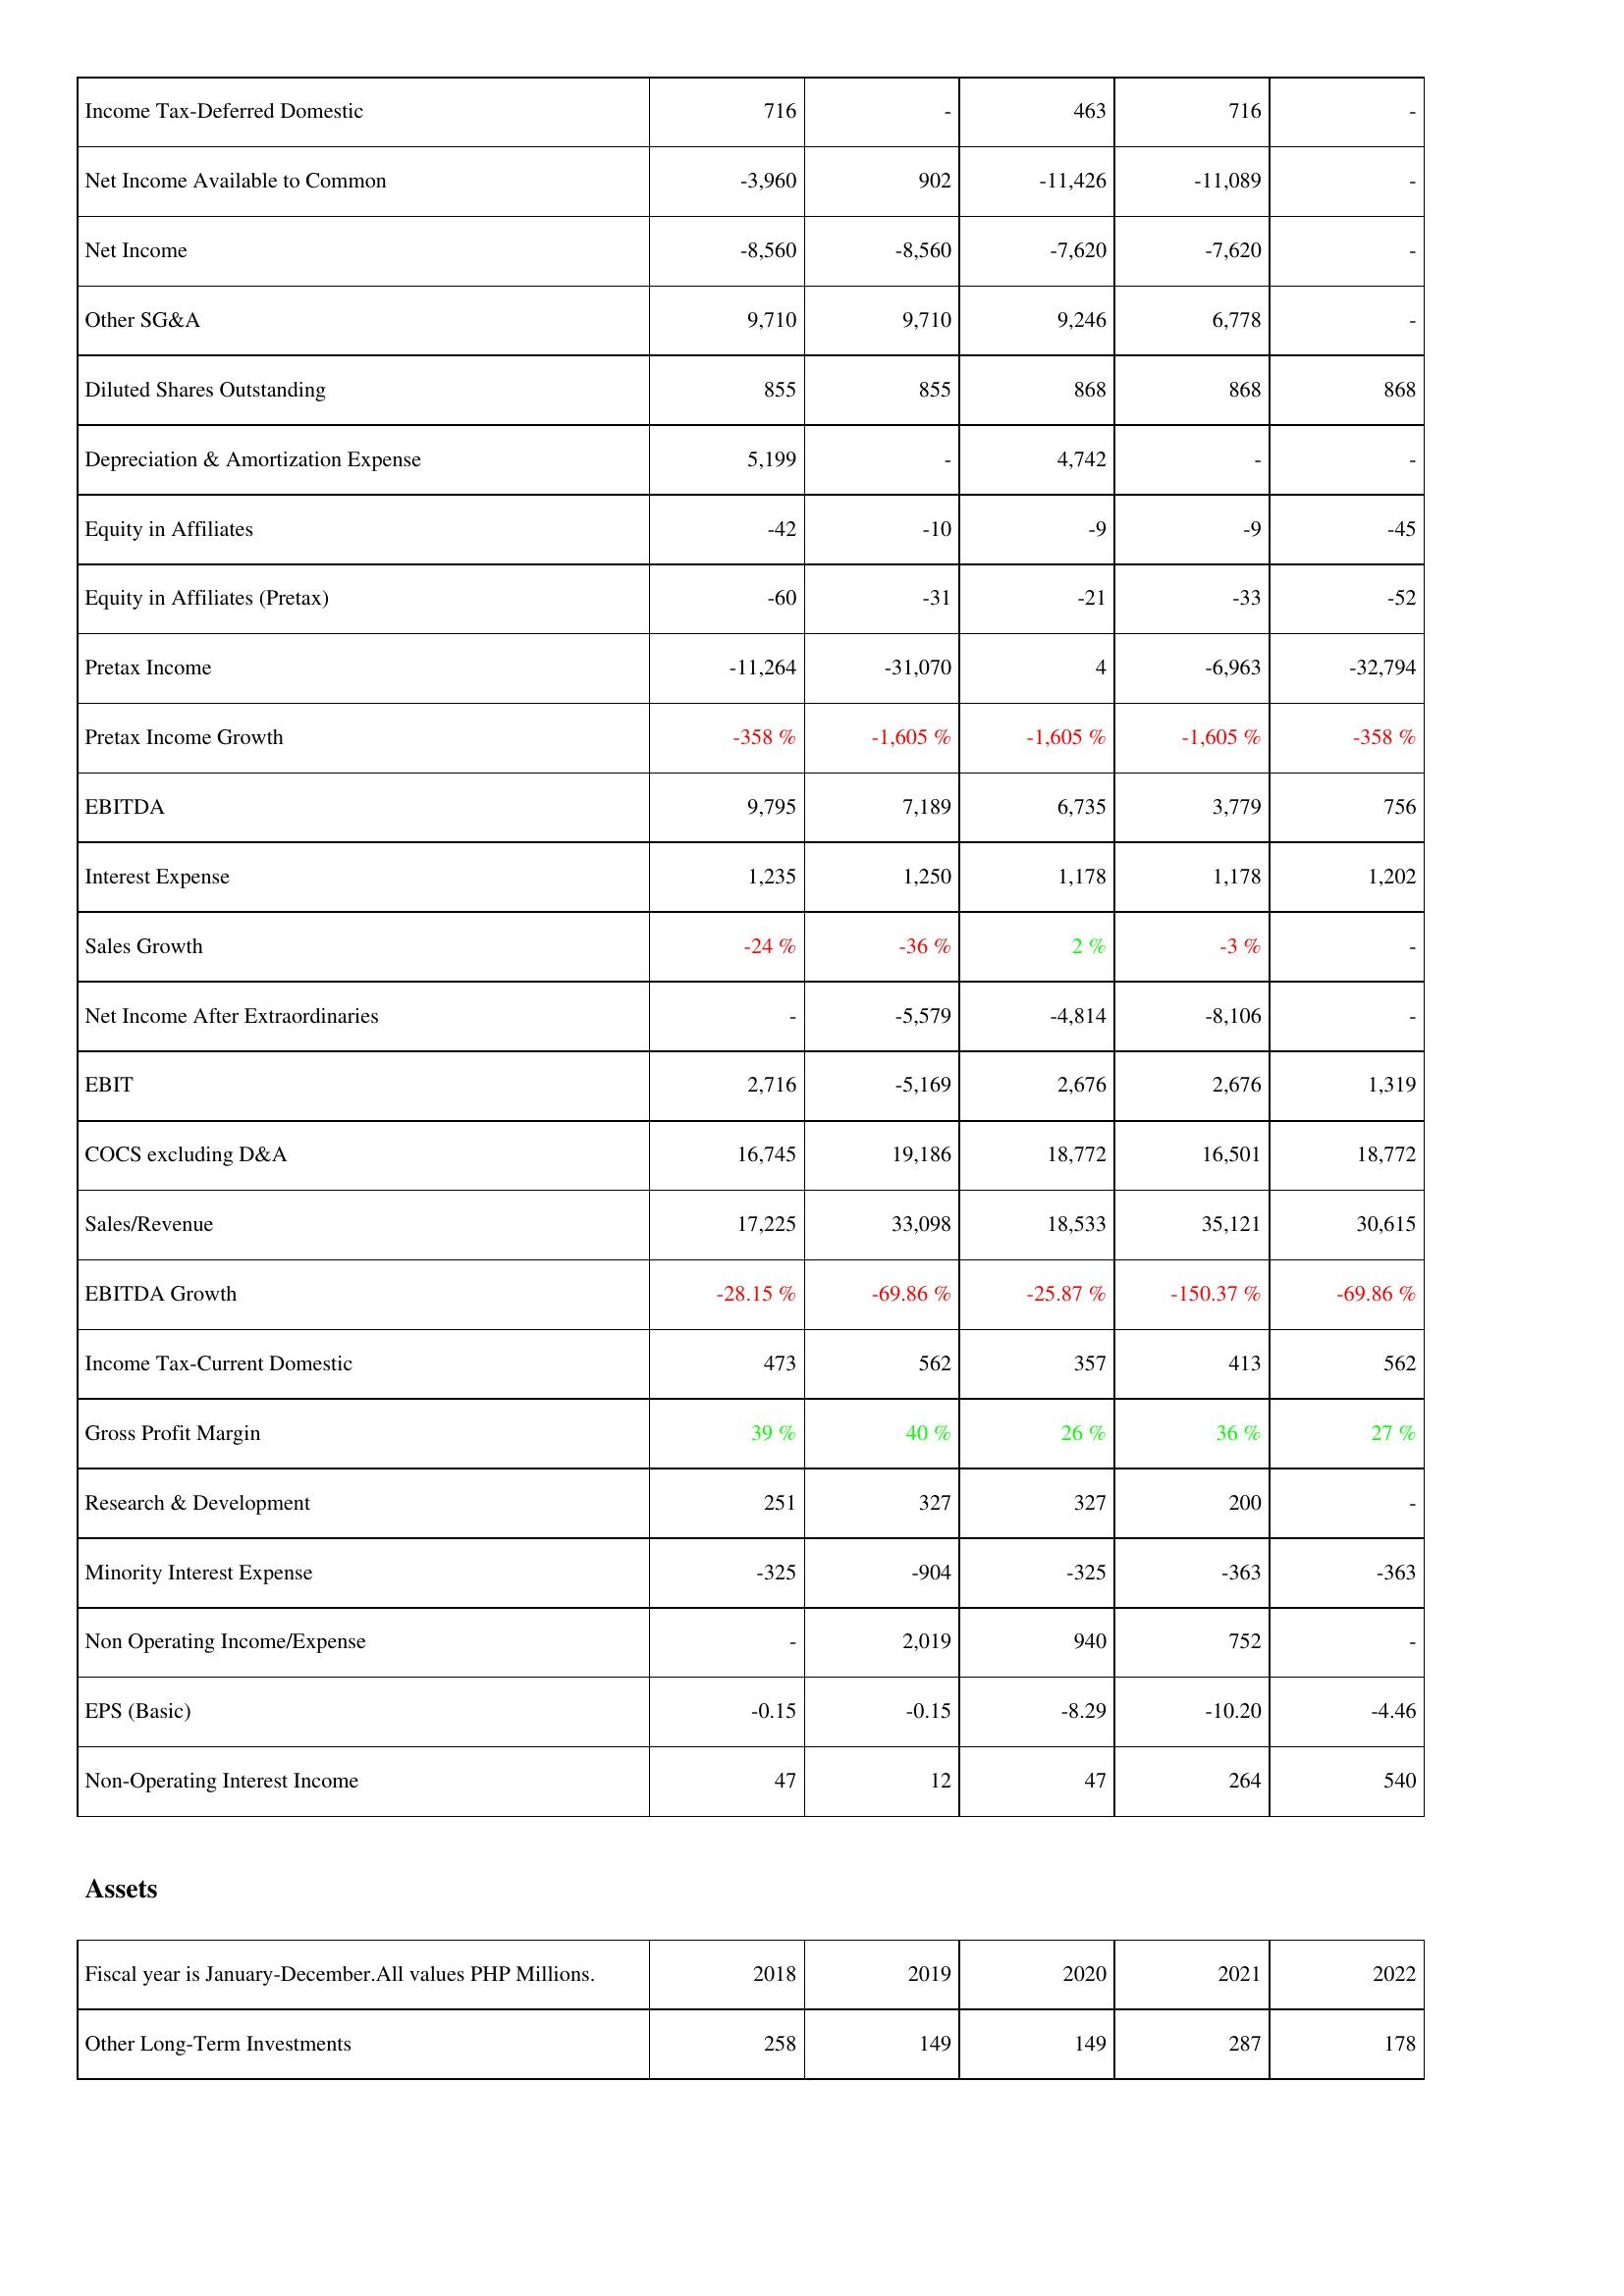
2018: Income Statement: Income Tax-Deferred Domestic: 716
Net Income Available to Common: -3,960
Net Income: -8,560
Other SG&A: 9,710
Diluted Shares Outstanding: 855
Depreciation & Amortization Expense: 5,199
Equity in Affiliates: -42
Equity in Affiliates (Pretax): -60
Pretax Income: -11,264
Pretax Income Growth: -358 %
EBITDA: 9,795
Interest Expense: 1,235
Sales Growth: -24 %
Net Income After Extraordinaries: -
EBIT: 2,716
COCS excluding D&A: 16,745
Sales/Revenue: 17,225
EBITDA Growth: -28.15 %
Income Tax-Current Domestic: 473
Gross Profit Margin: 39 %
Research & Development: 251
Minority Interest Expense: -325
Non Operating Income/Expense: -
EPS (Basic): -0.15
Non-Operating Interest Income: 47
Assets: Other Long-Term Investments: 258
2019: Income Statement: Income Tax-Deferred Domestic: -
Net Income Available to Common: 902
Net Income: -8,560
Other SG&A: 9,710
Diluted Shares Outstanding: 855
Depreciation & Amortization Expense: -
Equity in Affiliates: -10
Equity in Affiliates (Pretax): -31
Pretax Income: -31,070
Pretax Income Growth: -1,605 %
EBITDA: 7,189
Interest Expense: 1,250
Sales Growth: -36 %
Net Income After Extraordinaries: -5,579
EBIT: -5,169
COCS excluding D&A: 19,186
Sales/Revenue: 33,098
EBITDA Growth: -69.86 %
Income Tax-Current Domestic: 562
Gross Profit Margin: 40 %
Research & Development: 327
Minority Interest Expense: -904
Non Operating Income/Expense: 2,019
EPS (Basic): -0.15
Non-Operating Interest Income: 12
Assets: Other Long-Term Investments: 149
2020: Income Statement: Income Tax-Deferred Domestic: 463
Net Income Available to Common: -11,426
Net Income: -7,620
Other SG&A: 9,246
Diluted Shares Outstanding: 868
Depreciation & Amortization Expense: 4,742
Equity in Affiliates: -9
Equity in Affiliates (Pretax): -21
Pretax Income: 4
Pretax Income Growth: -1,605 %
EBITDA: 6,735
Interest Expense: 1,178
Sales Growth: 2 %
Net Income After Extraordinaries: -4,814
EBIT: 2,676
COCS excluding D&A: 18,772
Sales/Revenue: 18,533
EBITDA Growth: -25.87 %
Income Tax-Current Domestic: 357
Gross Profit Margin: 26 %
Research & Development: 327
Minority Interest Expense: -325
Non Operating Income/Expense: 940
EPS (Basic): -8.29
Non-Operating Interest Income: 47
Assets: Other Long-Term Investments: 149
2021: Income Statement: Income Tax-Deferred Domestic: 716
Net Income Available to Common: -11,089
Net Income: -7,620
Other SG&A: 6,778
Diluted Shares Outstanding: 868
Depreciation & Amortization Expense: -
Equity in Affiliates: -9
Equity in Affiliates (Pretax): -33
Pretax Income: -6,963
Pretax Income Growth: -1,605 %
EBITDA: 3,779
Interest Expense: 1,178
Sales Growth: -3 %
Net Income After Extraordinaries: -8,106
EBIT: 2,676
COCS excluding D&A: 16,501
Sales/Revenue: 35,121
EBITDA Growth: -150.37 %
Income Tax-Current Domestic: 413
Gross Profit Margin: 36 %
Research & Development: 200
Minority Interest Expense: -363
Non Operating Income/Expense: 752
EPS (Basic): -10.20
Non-Operating Interest Income: 264
Assets: Other Long-Term Investments: 287
2022: Income Statement: Income Tax-Deferred Domestic: -
Net Income Available to Common: -
Net Income: -
Other SG&A: -
Diluted Shares Outstanding: 868
Depreciation & Amortization Expense: -
Equity in Affiliates: -45
Equity in Affiliates (Pretax): -52
Pretax Income: -32,794
Pretax Income Growth: -358 %
EBITDA: 756
Interest Expense: 1,202
Sales Growth: -
Net Income After Extraordinaries: -
EBIT: 1,319
COCS excluding D&A: 18,772
Sales/Revenue: 30,615
EBITDA Growth: -69.86 %
Income Tax-Current Domestic: 562
Gross Profit Margin: 27 %
Research & Development: -
Minority Interest Expense: -363
Non Operating Income/Expense: -
EPS (Basic): -4.46
Non-Operating Interest Income: 540
Assets: Other Long-Term Investments: 178